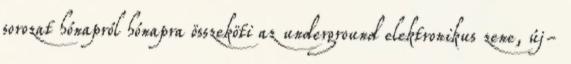
sorozat hónapról hónapra összeköti az underground elektronikus zene, új-